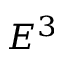
E ^ { 3 }